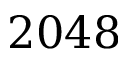
2 0 4 8